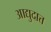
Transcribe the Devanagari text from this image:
आद्युदात्त